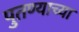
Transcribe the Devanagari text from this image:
पुतण्याच्या